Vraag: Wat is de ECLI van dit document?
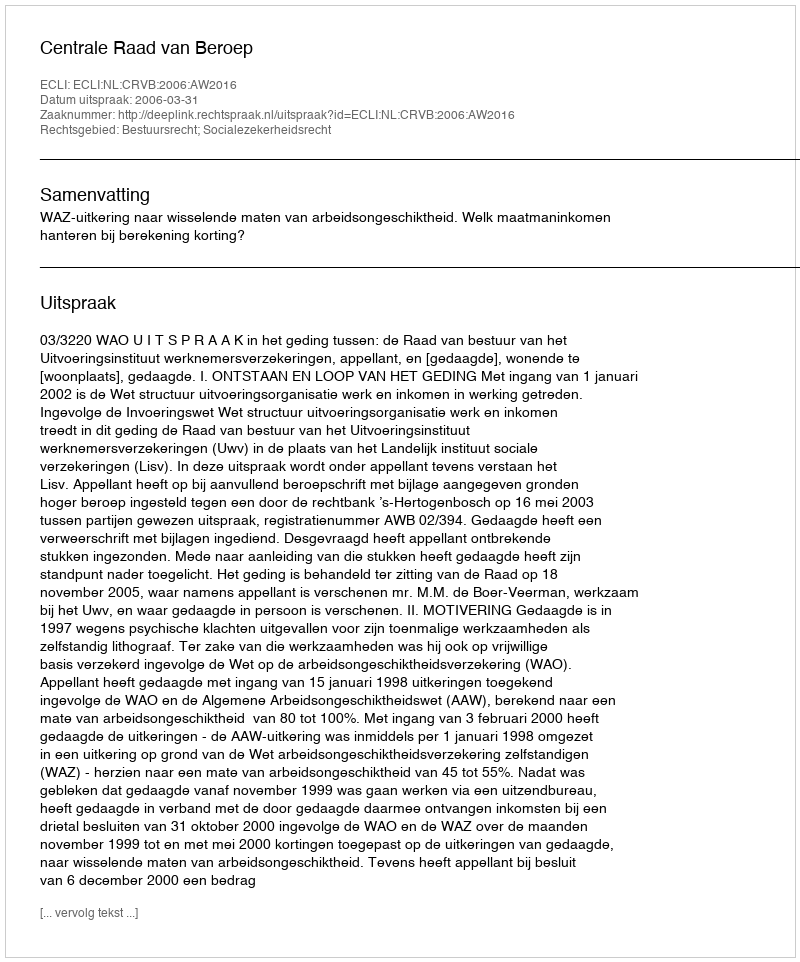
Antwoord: ECLI:NL:CRVB:2006:AW2016